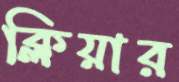
ক্লিয়ার